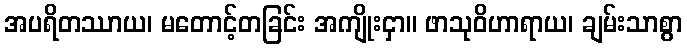
အပရိတဿာယ၊ မတောင့်တခြင်း အကျိုးငှာ။ ဖာသုဝိဟာရာယ၊ ချမ်းသာစွာ